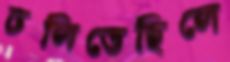
ঢলিতেছিলে